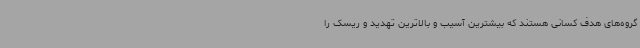
گروه‌های هدف کسانی هستند که بیشترین آسیب و بالاترین تهدید و ریسک را